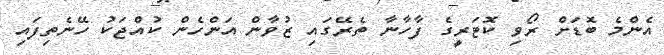
އެންމެ ބޮޑަށް ރޯވި ކޮޓަރީގެ ފާހާނާ ތެރޭގައި ޒުވާން އަންހެން ކުއްޖަކު ހޭނެތިފައި